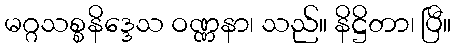
မဂ္ဂသစ္စနိဒ္ဒေသ ဝဏ္ဏနာ၊ သည်။ နိဋ္ဌိတာ၊ ပြီ။